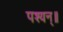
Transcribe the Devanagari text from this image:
पश्यन्॥